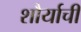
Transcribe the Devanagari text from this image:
शौर्याचीं